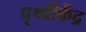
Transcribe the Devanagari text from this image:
पृथ्वीकेंद्र